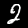
Digit: 2